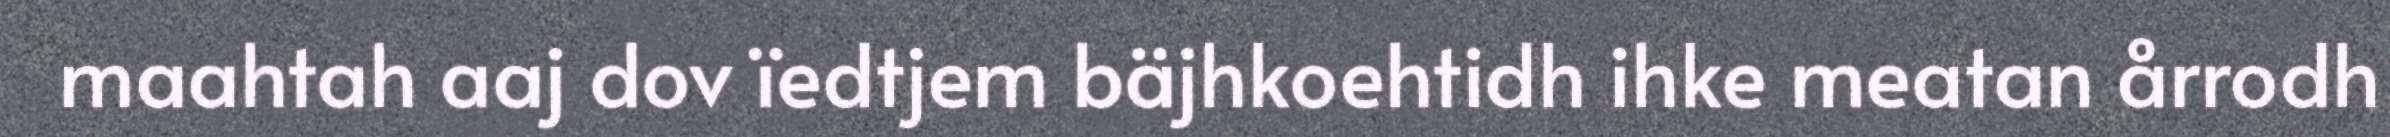
maahtah aaj dov ïedtjem bäjhkoehtidh ihke meatan årrodh